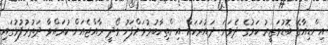
އިންޑިއާގެ ބޮޑުވަޒީރު ކަމުގެ ދެވަނަ ދައުރަކަށް އިންތިހާބުވުމަށްފަހު މޯދީ ރާއްޖެއަށް ކުރައްވާ ދަތުރުފުޅުގައި